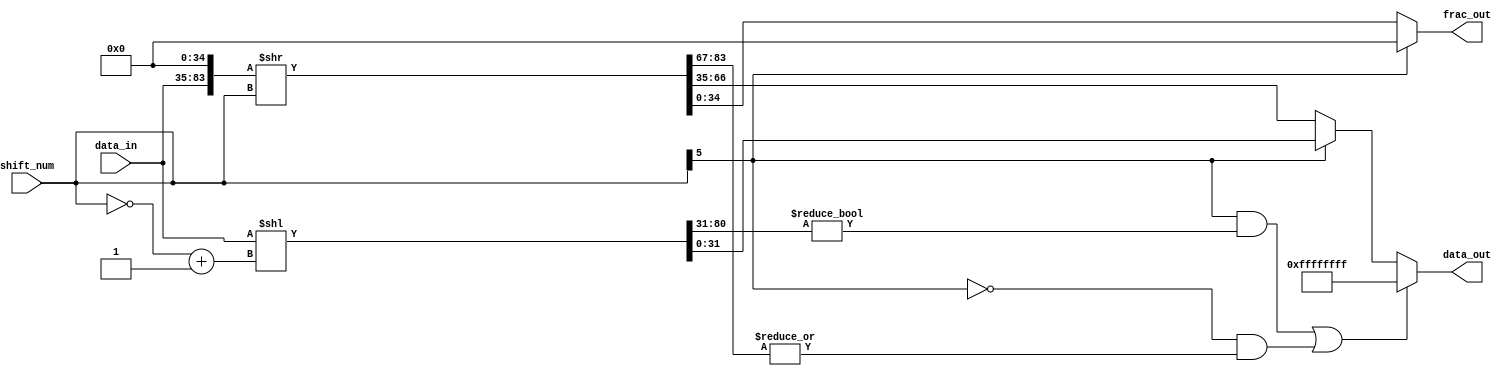
// This program was cloned from: https://github.com/TILOS-AI-Institute/MacroPlacement
// License: BSD 3-Clause "New" or "Revised" License

// ================================================================
// NVDLA Open Source Project
//
// Copyright(c) 2016 - 2017 NVIDIA Corporation. Licensed under the
// NVDLA Open Hardware License; Check "LICENSE" which comes with
// this distribution for more information.
// ================================================================
module NV_NVDLA_HLS_shiftrightusz (
   data_in
  ,shift_num
  ,data_out
  ,frac_out
  );
parameter IN_WIDTH = 49;
parameter OUT_WIDTH = 32;
parameter FRAC_WIDTH = 35; //suppose FRAC_WIDTH > IN_WIDTH > OUT_WIDTH
parameter SHIFT_WIDTH = 6;
parameter SHIFT_MAX = 1<<(SHIFT_WIDTH-1);
parameter HIGH_WIDTH = SHIFT_MAX+IN_WIDTH-OUT_WIDTH;
input [IN_WIDTH-1:0] data_in; //unsigned int
input [SHIFT_WIDTH-1:0] shift_num; //signed int
output [OUT_WIDTH-1:0] data_out;
output [FRAC_WIDTH-1:0] frac_out;
wire [SHIFT_WIDTH-1:0] shift_num_abs;
wire [OUT_WIDTH-1:0] data_shift_l;
wire [HIGH_WIDTH-1:0] data_high;
wire [IN_WIDTH-1:0] data_shift_r;
wire [FRAC_WIDTH-1:0] frac_shift;
wire [OUT_WIDTH-1:0] data_max;
wire left_shift_sat;
wire right_shift_sat;
wire shift_sign;
// synoff nets
// monitor nets
// debug nets
// tie high nets
// tie low nets
// no connect nets
// not all bits used nets
// todo nets
//shift left
assign shift_sign = shift_num[SHIFT_WIDTH-1];
assign shift_num_abs[SHIFT_WIDTH-1:0] = ~shift_num[SHIFT_WIDTH-1:0] + 1;
assign {data_high[((HIGH_WIDTH) - 1):0],data_shift_l[((OUT_WIDTH) - 1):0]} = {{SHIFT_MAX{1'b0}},data_in} << shift_num_abs[((SHIFT_WIDTH) - 1):0];
assign left_shift_sat = shift_sign & {data_high[((HIGH_WIDTH) - 1):0],data_shift_l[OUT_WIDTH-1]} != {(HIGH_WIDTH+1){1'b0}};
//shift right
assign {data_shift_r[((IN_WIDTH) - 1):0],frac_shift[((FRAC_WIDTH) - 1):0]} = {data_in[((IN_WIDTH) - 1):0],{(FRAC_WIDTH){1'b0}}} >> shift_num[((SHIFT_WIDTH) - 1):0];
assign right_shift_sat = !shift_sign & (|data_shift_r[IN_WIDTH-1:OUT_WIDTH]);
assign data_max = {(OUT_WIDTH){1'b1}};
//final out
assign data_out[((OUT_WIDTH) - 1):0] = (left_shift_sat | right_shift_sat) ? data_max : shift_sign ? data_shift_l[((OUT_WIDTH) - 1):0] : data_shift_r[((OUT_WIDTH) - 1):0];
assign frac_out[((FRAC_WIDTH) - 1):0] = shift_sign ? {FRAC_WIDTH{1'b0}} : frac_shift[((FRAC_WIDTH) - 1):0];
endmodule // NV_NVDLA_HLS_shiftrightusz